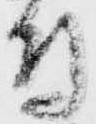
付